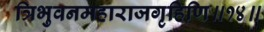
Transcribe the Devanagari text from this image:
त्रिभुवनमहाराजगृहिणि॥१४॥